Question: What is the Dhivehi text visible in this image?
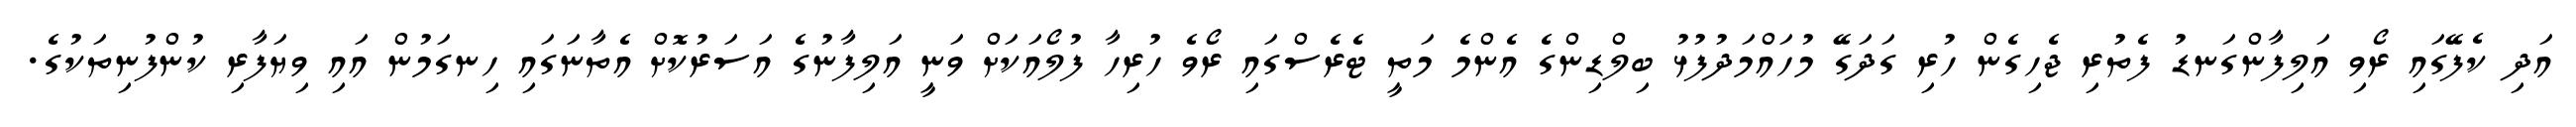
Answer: އަދި ކެފޭގައި ރޯވި އަލިފާންގަނޑު ފެތުރި ޖެހިގެން ހުރި ގަދަގޭ މުހައްމަދުފުޅު ބިލްޑިންގެ އެންމެ މަތީ ޓެރެސްގައި ރޯވެ ހުރިހާ ފުލޯއަކަށް ވަނީ އަލިފާނުގެ އަސަރުކޮށް އެތާނަގައި ހިނގަމުން އައި ވިޔަފާރި ކުންފުނިތަކުގެ.